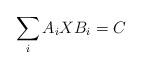
LaTeX: \begin{align*}\sum_{i}A_{i}XB_{i}=C \end{align*}